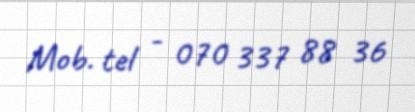
Mob. tel - 070 337 88 36